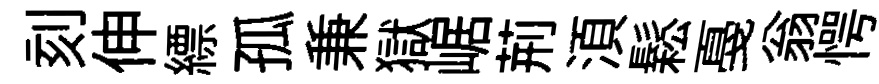
刻伸縹孤兼獄崌荊湏鬆戞翁愕